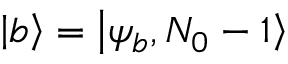
\left| b \right\rangle = \left| \psi _ { b } , N _ { 0 } - 1 \right\rangle